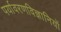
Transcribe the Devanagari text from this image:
पर्यावरणविज्ञानियों